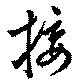
接